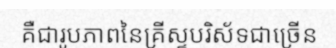
គឺជារូបភាពនៃគ្រីស្ទបរិស័ទជាច្រើន